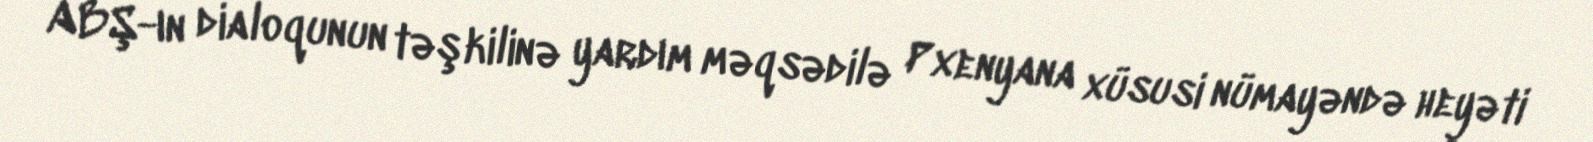
ABŞ-ın dialoqunun təşkilinə yardım məqsədilə Pxenyana xüsusi nümayəndə heyəti